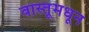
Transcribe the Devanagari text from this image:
वास्तूमधून